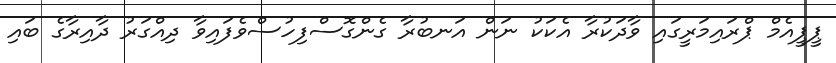
ޕީޕީއެމް ޕްރައިމަރީގައި ވާދަކުރާ އެކަކު ނަން އަނބުރާ ގެންގޮސްފިހުސްވެފައިވާ ދިއްގަރު ދާއިރާގެ ބައި